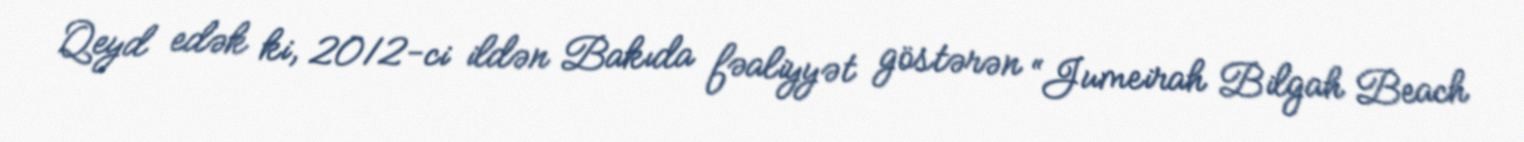
Qeyd edək ki, 2012-ci ildən Bakıda fəaliyyət göstərən “Jumeirah Bilgah Beach